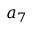
a _ { 7 }